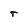
Character: t